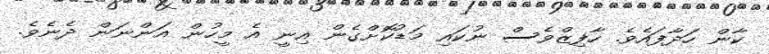
ކާން ހަދާފައެވެ. ހާފިޒްވެސް ނުކައި މަޑުކޮށްގެން އިނީ އެ މީހުން އަންނަން ދެނެވެ.